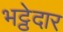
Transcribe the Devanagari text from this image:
भट्ठेदार